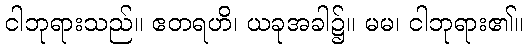
ငါဘုရားသည်။ ဧတရဟိ၊ ယခုအခါ၌။ မမ၊ ငါဘုရား၏။